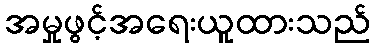
အမှုဖွင့်အရေးယူထားသည်